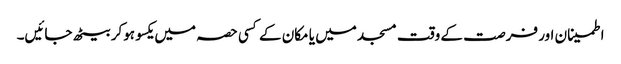
اطمینان اور فرصت کے وقت مسجد میں یا مکان کے کسی حصہ میں یکسو ہوکر بیٹھ جائیں۔